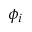
\phi _ { i }